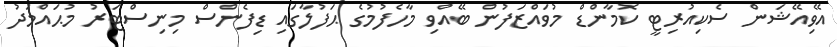
އޭވިއޭޝަން ސެކިއުރިޓީ ކޮމާންޑް މުވައްޒަފުން ބޭއްވި މާހެފުމުގެ ޙަފުލާގައި ޑިފެންސް މިނިސްޓަރު މުޙައްމަދު